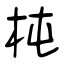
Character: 杶